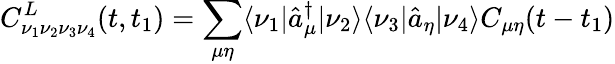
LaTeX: C_{\nu_{1}\nu_{2}\nu_{3}\nu_{4}}^{L}(t,t_{1})=\sum_{\mu\eta}\langle\nu_{1}|\hat{a}_{\mu}^{\dagger}|\nu_{2}\rangle\langle\nu_{3}|\hat{a}_{\eta}|\nu_{4}\rangle C_{\mu\eta}(t-t_{1})